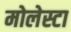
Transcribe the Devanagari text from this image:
मोलेस्टा